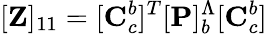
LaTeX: [\mathbf{Z}]_{11}=[\mathbf{C}_{c}^{b}]^{T}[\mathbf{P}]_{b}^{\Lambda}[\mathbf{C}_{c}^{b}]